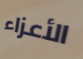
الأعزاء